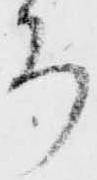
ち